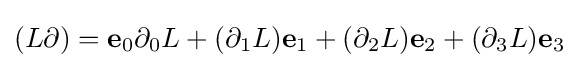
(L\partial )=\mathbf {e} _{0}\partial _{0}L+(\partial _{1}L)\mathbf {e} _{1}+(\partial _{2}L)\mathbf {e} _{2}+(\partial _{3}L)\mathbf {e} _{3}